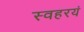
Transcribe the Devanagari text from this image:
स्वहरयं